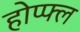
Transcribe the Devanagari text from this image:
होप्फ्ल